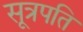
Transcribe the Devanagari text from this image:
सूत्रपति